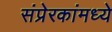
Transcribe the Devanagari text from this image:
संप्रेरकांमध्ये